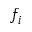
f _ { i }